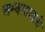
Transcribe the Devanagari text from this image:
अम्बलावाली